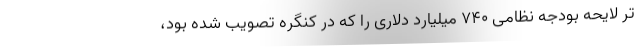
تر لایحه بودجه نظامی ۷۴۰ میلیارد دلاری را که در کنگره تصویب شده بود،